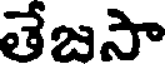
తేజసా